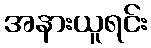
အနားယူရင်း